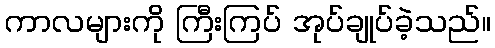
ကာလများကို ကြီးကြပ် အုပ်ချုပ်ခဲ့သည်။